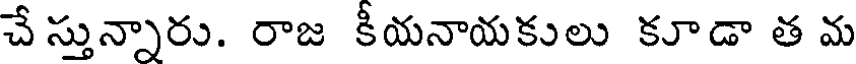
చే స్తున్నారు. రాజ కీయనాయకులు కూడా త మ